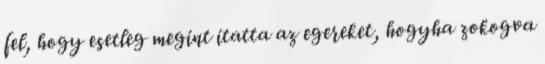
fel, hogy esetleg megint itatta az egereket, hogyha zokogva